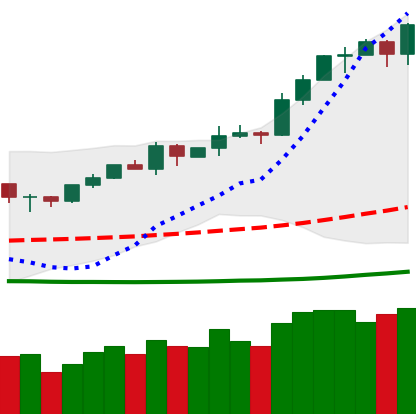
Ticker: ETH-USD
Chart end date: 2020-02-11
Forward return: 10.194%
Label: up_7plus